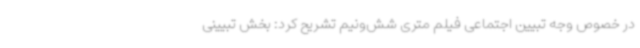
در خصوص وجه تبیین اجتماعی فیلم متری شش‌ونیم تشریح کرد: بخش تبیینی